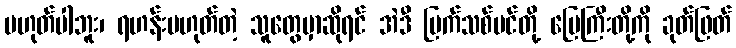
မဟုတ်ပါဘူး၊ ရဟန်းမဟုတ်တဲ့ သူတွေမှာဆိုရင် အဲဒီ မြက်သစ်ပင်တို့ မြေကြီးတို့ကို ခုတ်ဖြတ်